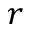
r